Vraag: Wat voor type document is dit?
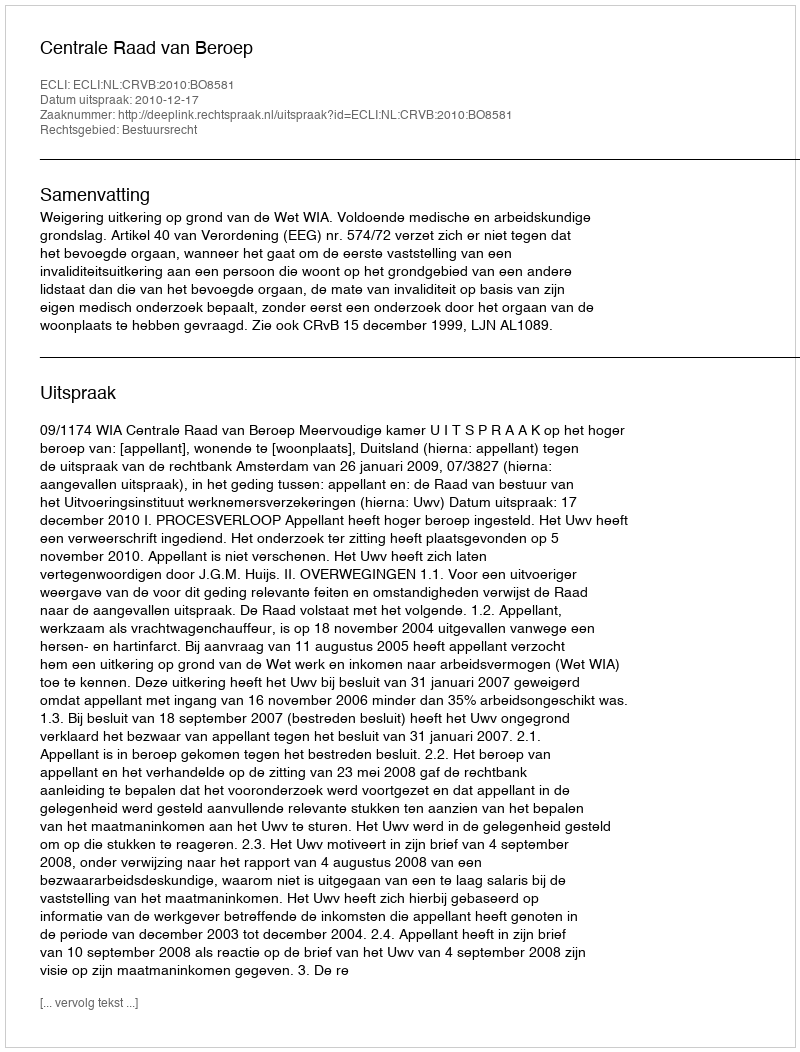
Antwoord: Uitspraak